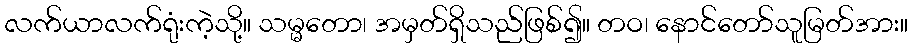
လက်ယာလက်ရုံးကဲ့သို့။ သမ္မတော၊ အမှတ်ရှိသည်ဖြစ်၍။ တဝ၊ နောင်တော်သူမြတ်အား။